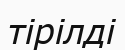
тірілді